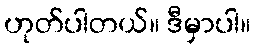
ဟုတ်ပါတယ်။ ဒီမှာပါ။